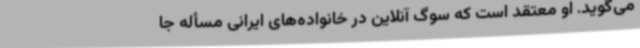
می‌گوید. او معتقد است که سوگ آنلاین در خانواده‌های ایرانی مسأله جا